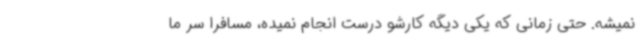
نمیشه. حتی زمانی که یکی دیگه کارشو درست انجام نمیده، مسافرا سر ما